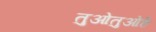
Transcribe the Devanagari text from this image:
तुओतुओहे